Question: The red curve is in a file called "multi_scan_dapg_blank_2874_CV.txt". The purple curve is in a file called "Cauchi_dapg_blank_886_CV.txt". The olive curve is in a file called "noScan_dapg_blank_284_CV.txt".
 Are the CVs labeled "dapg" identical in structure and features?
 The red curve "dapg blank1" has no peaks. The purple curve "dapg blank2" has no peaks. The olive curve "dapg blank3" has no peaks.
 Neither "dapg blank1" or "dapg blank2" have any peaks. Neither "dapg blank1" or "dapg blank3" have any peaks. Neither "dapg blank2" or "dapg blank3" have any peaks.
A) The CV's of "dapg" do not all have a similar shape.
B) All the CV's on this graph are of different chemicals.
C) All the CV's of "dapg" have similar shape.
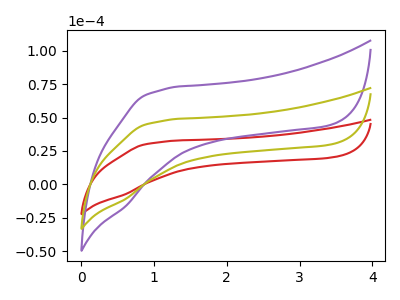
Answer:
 <answer>C) All the CV's of "dapg" have similar shape.</answer>
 <eval>C</eval>